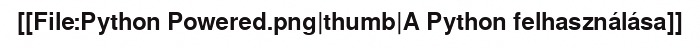
[[File:Python Powered.png|thumb|A Python felhasználása]]